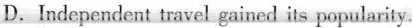
D.Independent travel gained its popularity.